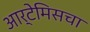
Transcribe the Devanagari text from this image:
आर्टेमिसचा